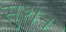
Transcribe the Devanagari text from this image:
सुशेन